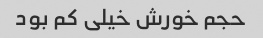
حجم خورش خیلی کم بود